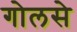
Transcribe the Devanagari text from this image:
गोलसे